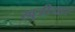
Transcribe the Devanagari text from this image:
खुडीयार